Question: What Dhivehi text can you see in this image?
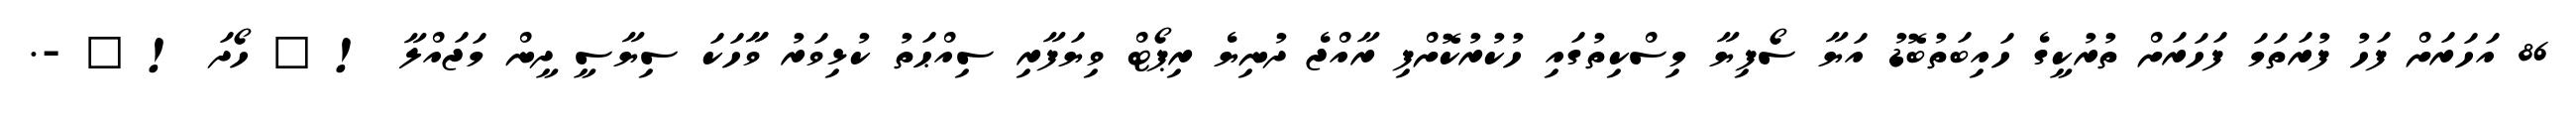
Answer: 86 އަހަރަށް ފަހު ފުރަތަމަ ފަހަރަށް ތުރުކީގެ ހައިބަތުބޮޑު އަޔާ ސޯފިޔާ މިސްކިތުގައި ހުކުރުކޮށްފި ރާއްޖެ ދުނިޔެ ރިޕޯޓް ވިޔަފާރި ސިއްޙަތު ކުޅިވަރު ވާާހަކަ ސިޔާސީ ދީން މަޖައްލާ ! ? ހޯދަ ! ? -.